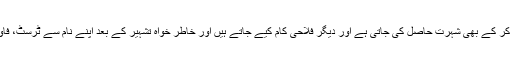
اسی طرح کسی مظلوم کی داد رسی کر کے بھی شہرت حاصل کی جاتی ہے اور دیگر فلاحی کام کیے جاتے ہیں اور خاطر خواہ تشہیر کے بعد اپنے نام سے ٹرسٹ، فاؤنڈیشن یا این جی او بنا لی جاتی ہے۔